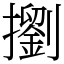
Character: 𢷶